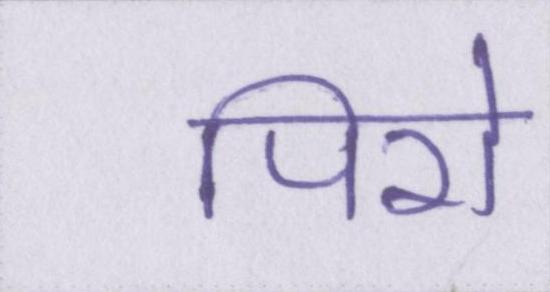
पिरो